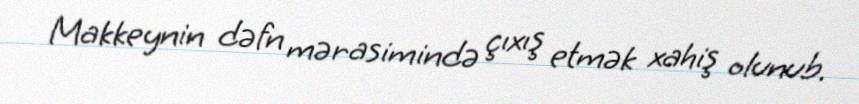
Makkeynin dəfn mərasimində çıxış etmək xahiş olunub.